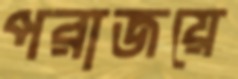
পরাজয়ে